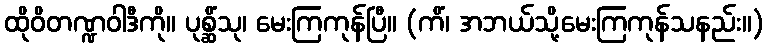
ထိုဝိတဏ္ဍဝါဒီကို။ ပုစ္ဆိံသု၊ မေးကြကုန်ပြီ။ (ကိံ၊ အဘယ်သို့မေးကြကုန်သနည်း။)